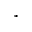
^ { \ast }